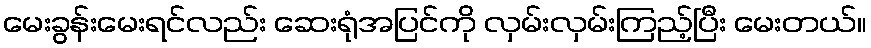
မေးခွန်းမေးရင်လည်း ဆေးရုံအပြင်ကို လှမ်းလှမ်းကြည့်ပြီး မေးတယ်။